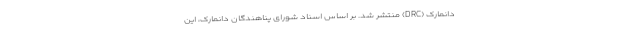
دانمارک (DRC) منتشر شد. بر اساس اسناد شورای پناهندگان دانمارک، این